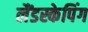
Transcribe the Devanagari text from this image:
लैंडस्केपिंग